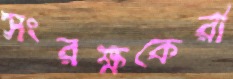
সংরক্ষকেরা